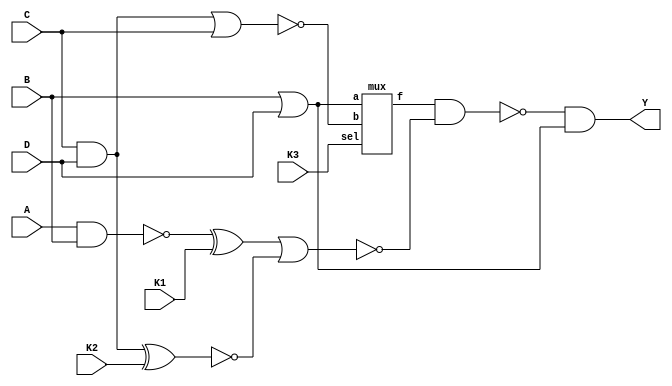
`timescale 1ns / 1ps
//////////////////////////////////////////////////////////////////////////////////
// Company: 
// Engineer: 
// 
// Design Name: 
// Module Name: Obfuscation
// Project Name: 
// Target Devices: 
// Tool Versions: 
// Description: 
// 
// Dependencies: 
// 
// Revision:
// Revision 0.01 - File Created
// Additional Comments:
// 
//////////////////////////////////////////////////////////////////////////////////

 module Obfuscation(input A,input B,input C,input D,input K1,input K2, input K3,output Y);
  wire e,f,g,h,i,j,k,l,m,n;
  nand P(e,A,B);
  and Q(f,C,D);
  xor R(g,e,K1);
  xnor S(h,f,K2);
  nor T(i,f,C);
  nor U(l,g,h); 
  or W(n,B,D);
  mux G(j,n,i,K3);
  nand V(m,j,l);
  and X(Y,m,n);
endmodule
 module mux(f, a, b, sel);
    output f;
    input a, b, sel;
    assign f=sel?a:b;
endmodule